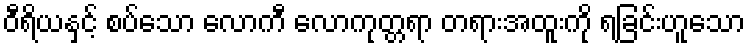
ဝီရိယနှင့် စပ်သော လောကီ လောကုတ္တရာ တရားအထူးကို ရခြင်းဟူသော